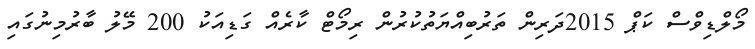
މޯލްޑިވްސް ކަޕް 2015ދަރިން ތަރުބިއްޔަތުކުރުން ރިމޯޓް ކާރެއް ގަޑިއަކު 200 މޭލު ބާރުމިނުގައި